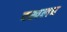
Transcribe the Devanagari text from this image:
दखलच